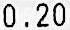
0.20